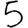
Digit: 5